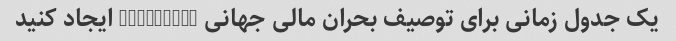
یک جدول زمانی برای توصیف بحران مالی جهانی 2007-2008 ایجاد کنید